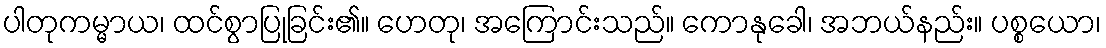
ပါတုကမ္မာယ၊ ထင်စွာပြုခြင်း၏။ ဟေတု၊ အကြောင်းသည်။ ကောနုခေါ၊ အဘယ်နည်း။ ပစ္စယော၊